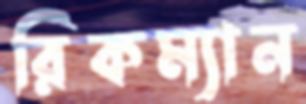
রিকম্যান